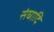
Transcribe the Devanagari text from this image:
संघादि